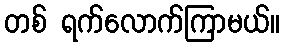
တစ် ရက်လောက်ကြာမယ်။